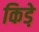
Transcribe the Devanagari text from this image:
किडे़